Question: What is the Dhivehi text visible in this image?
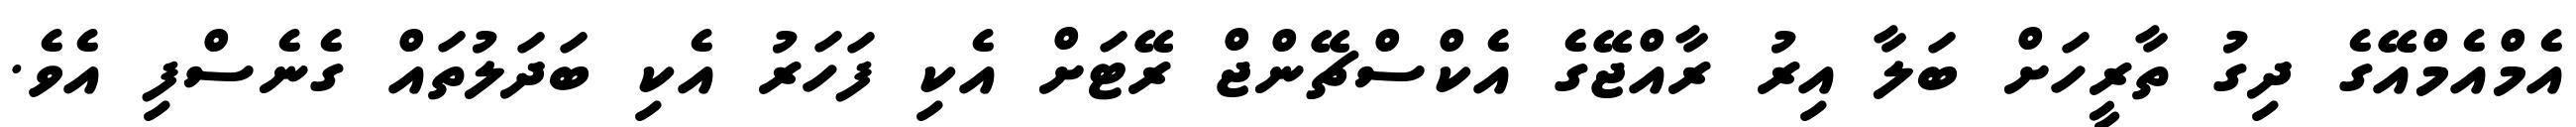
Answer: އެމްއެމްއޭގެ ދިގު ތާރީހަށް ބަލާ އިރު ރާއްޖޭގެ އެކްސްޗޭންޖް ރޭޓަށް އެކި ފަހަރު އެކި ބަދަލުތައް ގެނެސްފި އެވެ.